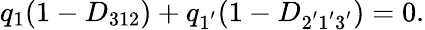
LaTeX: q_{1}(1-D_{312})+q_{1^{'}}(1-D_{2^{'}1^{'}3^{'}})=0.